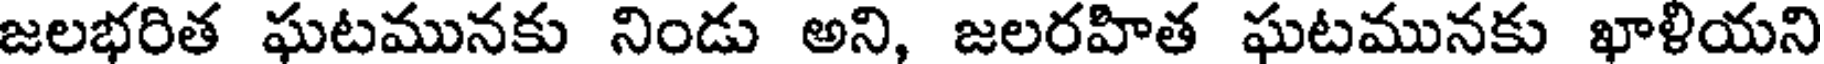
జలభరిత ఘటమునకు నిండు అని, జలరహిత ఘటమునకు ఖాళియని